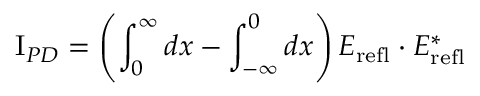
\mathrm { I } _ { P D } = \left( \int _ { 0 } ^ { \infty } d x - \int _ { - \infty } ^ { 0 } d x \right) E _ { \mathrm { r e f l } } \cdot E _ { \mathrm { r e f l } } ^ { * }